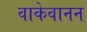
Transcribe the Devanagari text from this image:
वाकेवानन